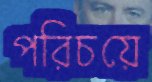
পরিচয়ে